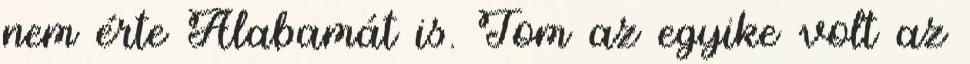
nem érte Alabamát is. Tom az egyike volt az